Report on plague in the Punjab from October 1st ... to September 30th ..., being the ... season of plague in the province
Disease focus: Plague
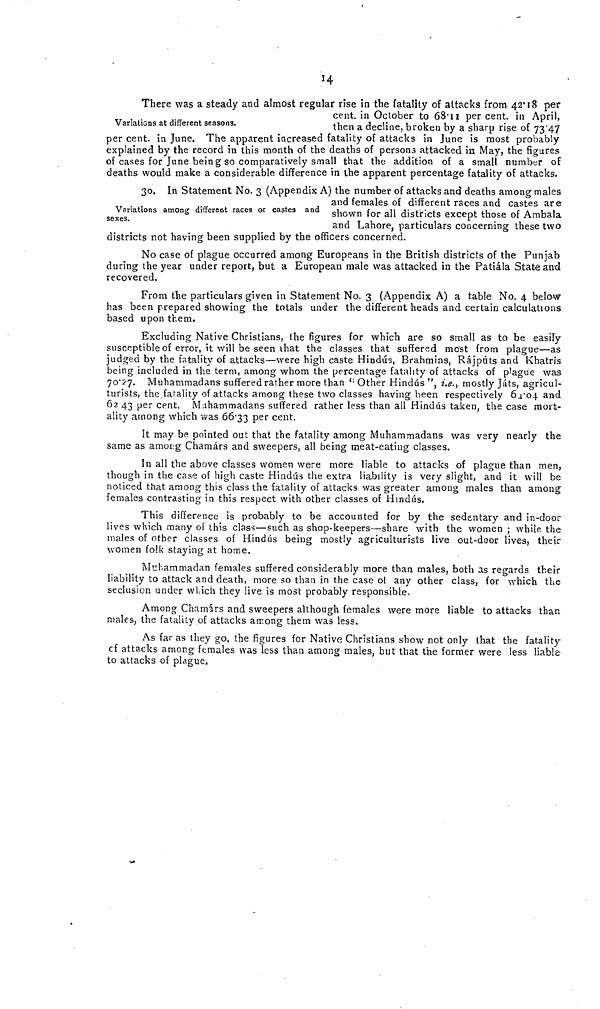
14
Variations at different seasons.
There was a steady and almost regular rise in the fatality of attacks from 42.18 per
cent. in October to 68.11 per cent. in April,
then a decline, broken by a sharp rise of 73.47
per cent. in June. The apparent increased fatality of attacks in June is most probably
explained by the record in this month of the deaths of persons attacked in May, the figures
of cases for June being so comparatively small that the addition of a small number of
deaths would make a considerable difference in the apparent percentage fatality of attacks.
Variations among different race9 or castes and
sexes.
30. In Statement No. 3 (Appendix A) the number of attacks and deaths among males
and females of different races and castes are
shown for all districts except those of Ambala
and Lahore, particulars concerning these two
districts not having been supplied by the officers concerned.
No case of plague occurred among Europeans in the British districts of the Punjab
during the year under report, but a European male was attacked in the Patiála State and
recovered.
From the particulars given in Statement No. 3 (Appendix A) a table No. 4 below
has been prepared showing the totals under the different heads and certain calculations
based upon them.
Excluding Native Christians, the figures for which are so small as to be easily
susceptible of error, it will be seen that the classes that suffered most from plague—as
judged by the fatality of attacks—were high caste Hindus, Brahmins, Rájpúts and Khatris
being included in the term, among whom the percentage fatality of attacks of plague was
70.27. Muhammadans suffered rather more than "Other Hindus", i.e., mostly Játs, agricul-
turists, the fatality of attacks among these two classes having been respectively 64.04 and
62.43 per cent. Mahammadans suffered rather less than all Hindus taken, the case mort-
ality among which was 66.33 per cent.
It may be pointed out that the fatality among Muhammadans was vary nearly the
same as among Chamárs and sweepers, all being meat-eating classes.
In all the above classes women were more liable to attacks of plague than men,
though in the case of high caste Hindús the extra liability is very slight, and it will be
noticed that among this class the fatality of attacks was greater among males than among
females contrasting in this respect with other classes of Hindus.
This difference is probably to be accounted for by the sedentary and in-door
lives which many of this class—such as shop-keepers—share with the women ; while the
males of other classes of Hindús being mostly agriculturists live out-door lives, their
women folk staying at home.
Muhammadan females suffered considerably more than males, both as regards their
liability to attack and death, more so than in the case of any other class, for which the
seclusion under which they live is most probably responsible.
Among Chamárs and sweepers although females were more liable to attacks than
males, the fatality of attacks among them was less.
As far as they go, the figures for Native Christians show not only that the fatality
of attacks among females was less than among males, but that the former were less liable
to attacks of plague.